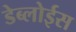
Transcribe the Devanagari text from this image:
डेब्लोईस